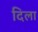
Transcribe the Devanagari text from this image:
दिला़